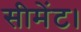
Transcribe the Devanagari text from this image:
सीमेंट।